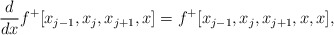
\begin{align*}\frac{d}{dx}f^+[x_{j-1}, x_{j}, x_{j+1},x]=f^+[x_{j-1}, x_{j}, x_{j+1},x,x],\end{align*}